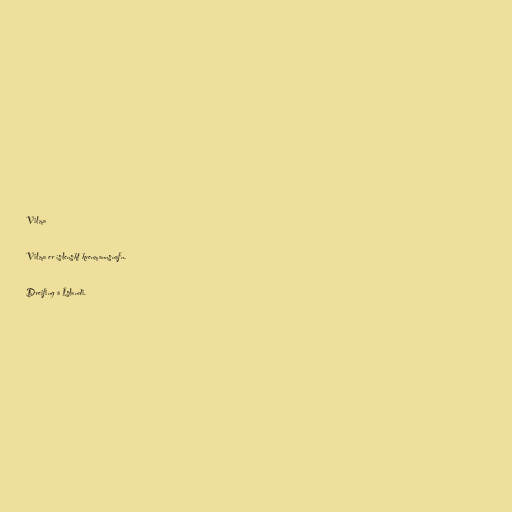
Vilma

Vilma er íslenskt kvenmannsnafn.

Dreifing á Íslandi.